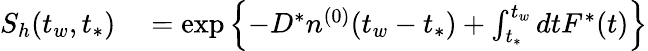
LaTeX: \begin{array}{rl}{S_{h}(t_{w},t_{*})}&{{}=\exp\left\{ -D^{*}n^{(0)}(t_{w}-t_{*})+\int_{t_{*}}^{t_{w}}dtF^{*}(t)\right\} }\end{array}